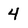
Character: 4